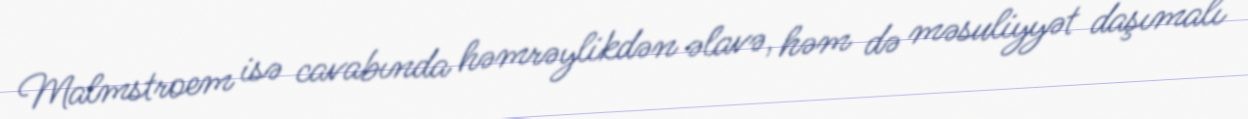
Malmstroem isə cavabında həmrəylikdən əlavə, həm də məsuliyyət daşımalı